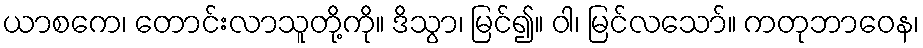
ယာစကေ၊ တောင်းလာသူတို့ကို။ ဒိသွာ၊ မြင်၍။ ဝါ၊ မြင်လသော်။ ကတုဘာဝေန၊